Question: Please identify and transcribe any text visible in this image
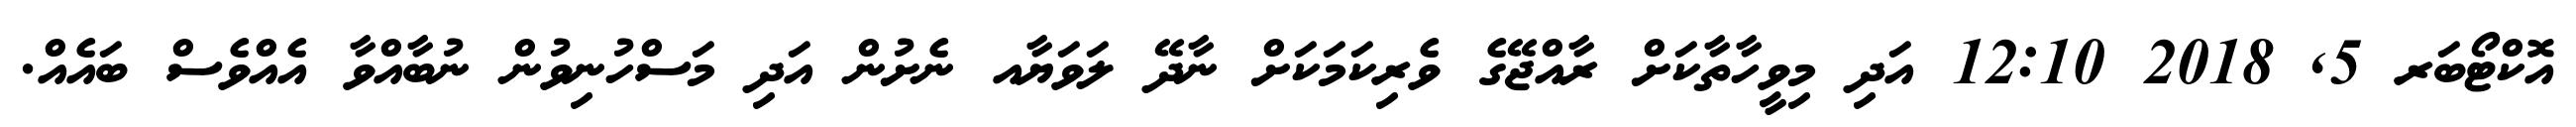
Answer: އޮކްޓޯބަރ 5, 2018 12:10 އަދި މިވީހާތާކަށް ރާއްޖޭގެ ވެރިކަމަކަށް ނާދޭ ލަވަޔާއ ނެށުން އަދި މަސްހުނިވުން ނުބާއްވާ އެއްވެސް ބައެއް.